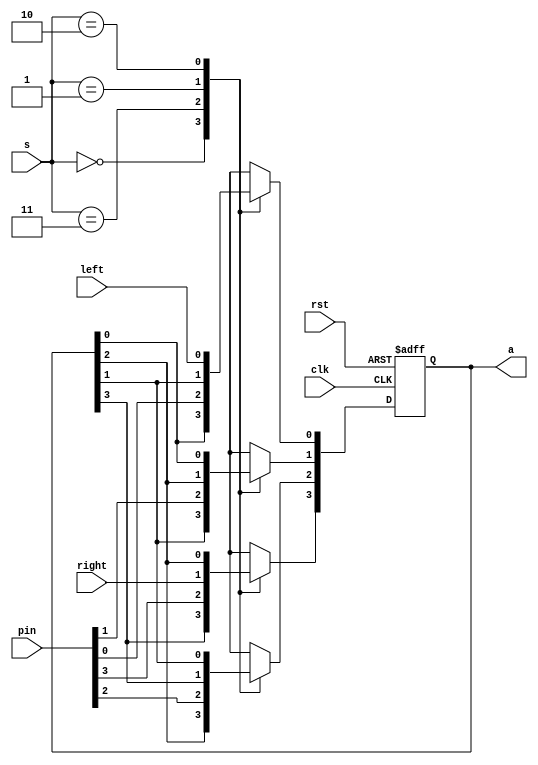
module uni_shift_reg(input [1:0]s, input [3:0]pin, input left, input right,
 input clk, input rst, output reg [3:0]a);
always@(posedge clk or posedge rst)
begin
if(rst) begin
a=4'b0000; end
else begin
case (s)
	2'b00: begin
	a[0]<=a[0]; a[1]<=a[1] ;a[2]<=a[2]; a[3]<=a[3];
	end
	2'b11: begin
	a[0]<=pin[0]; a[1]<=pin[1]; a[2]<=pin[2]; a[3]<=pin[3];
	end
	2'b01: begin //shift right
	a[3]<=right; a[2]<=a[3]; a[1]<=a[2];a[0]<=a[1];
	end
	2'b10: begin //shift left
	a[0]<=left; a[1]<=a[0]; a[2]<=a[1]; a[3]<=a[2];
	end
endcase
end
end

endmodule

module tb();
reg [1:0]s; reg [3:0]pin; reg left; reg right; reg clk; reg rst; wire [3:0]a;
uni_shift_reg dev(.s(s), .pin(pin), .left(left), .right(right), .clk(clk), .rst(rst), .a(a));
initial begin
	$dumpfile("shiftreg.vcd");
	$dumpvars(-1, dev);
end

always begin
clk=~clk;#5;
end
initial begin
rst=1; rst=0;
clk=0;rst=1;#5;
rst=0; 
//parallel load 
s=2'b11; pin=4'b1011;#10;
//memory state
s=2'b00;#10;
//left shift
s=2'b10;left=1'b0;#10;
s=2'b10;left=1'b1;#10;
s=2'b10;left=1'b0;#10;
s=2'b10;left=1'b0;#10;
//memory state
s=2'b00;#10;
//right shift
s=2'b01;right=1'b1;#10;
s=2'b01;right=1'b0;#10;
s=2'b01;right=1'b1;#10;
s=2'b01;right=1'b1;#10;
//memory state
s=2'b00;#10;
#10 $finish;
end
endmodule